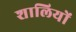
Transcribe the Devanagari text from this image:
शालियों